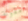
مقولة